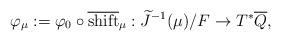
LaTeX: \begin{align*} \varphi_\mu := \varphi_0 \circ \overline{\textup{shift}}_\mu: \widetilde{J}^{-1}(\mu)/F \to T^*\overline{Q}, \end{align*}